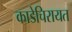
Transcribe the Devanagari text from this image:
काडेचिरायत